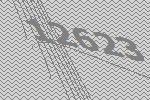
12623